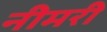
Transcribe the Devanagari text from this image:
नीमरी